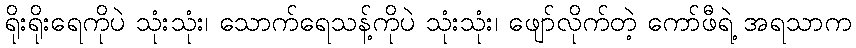
ရိုးရိုးရေကိုပဲ သုံးသုံး၊ သောက်ရေသန့်ကိုပဲ သုံးသုံး၊ ဖျော်လိုက်တဲ့ ကော်ဖီရဲ့ အရသာက